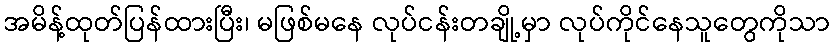
အမိန့်ထုတ်ပြန်ထားပြီး၊ မဖြစ်မနေ လုပ်ငန်းတချို့မှာ လုပ်ကိုင်နေသူတွေကိုသာ